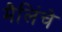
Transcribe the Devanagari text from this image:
मैलिंचे